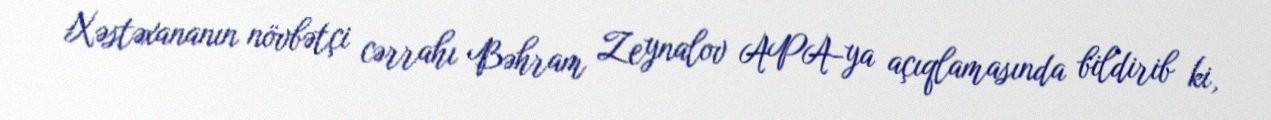
Xəstəxananın növbətçi cərrahı Bəhram Zeynalov APA-ya açıqlamasında bildirib ki,